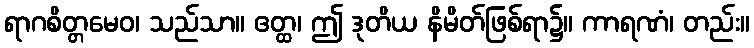
ရာဂစိတ္တမေဝ၊ သည်သာ။ ဧတ္ထ၊ ဤ ဒုတိယ နိမိတ်ဖြစ်ရာ၌။ ကာရဏံ၊ တည်း။